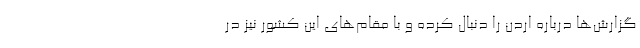
گزارش‌ها درباره اردن را دنبال کرده و با مقام‌های این کشور نیز در